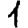
Digit: 1